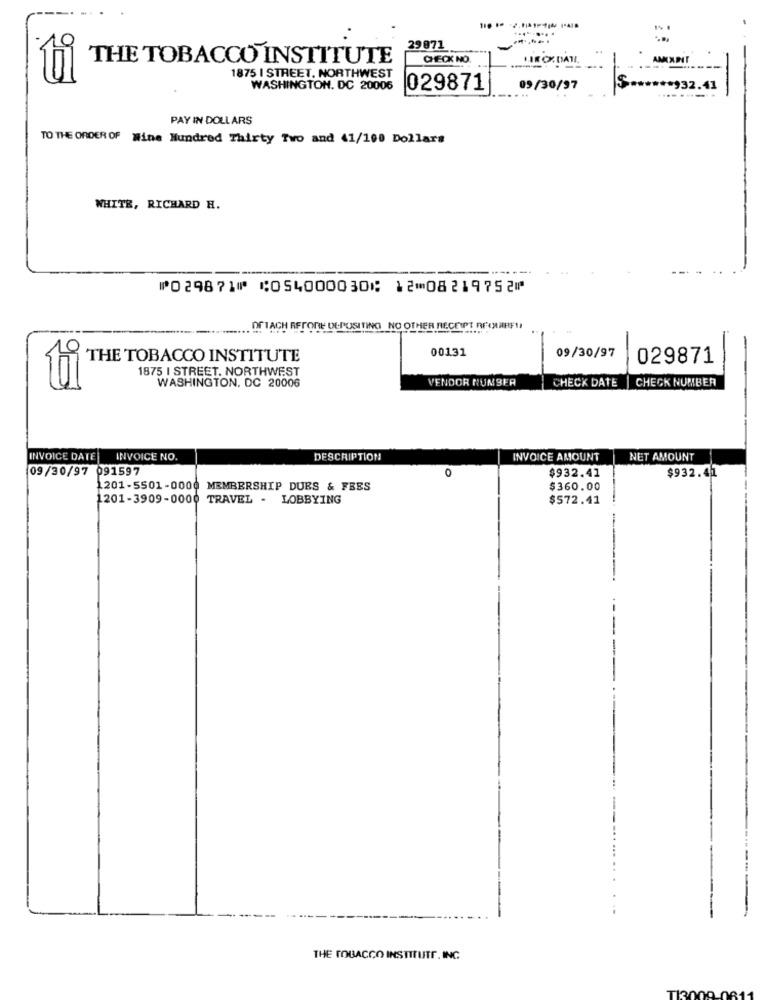
9
29971
THE TOBACCO INSTITUTE
CHECK NO.
AMIXIT
1875 I STREET. NORTHWEST
WASHINGTON, DC 20006
029871
09/30/97
*932.41
PAY IN DOLLARS
TO THE ORDER OF Wine Hundred Thirty Two and 41/100 Dollars
WHITE, RICHARD H.
⑈029871⑈ ⑆054000030⑆ 12⑉08219752⑈
.. Of TACH RFTORE DEPOSITING NO OTHER RECEIPT RECURRE !!
00131
THE TOBACCO INSTITUTE
09/30/97
029871
1875 I STREET. NORTHWEST
VENDOR NUMBER
CHECK DATE | CHECK NUMBER
WASHINGTON, DC 20006
INVOICE DATE
INVOICE NO.
DESCRIPTION
INVOICE AMOUNT
NET AMOUNT
09/30/97 091597
0
$932.41
$932.41
1201-5501-0000 MEMBERSHIP DUES & FBES
$360.00
1201-3909-0000 TRAVEL - LOBBYING
$$72.41
THE TOBACCO INSTITUTE. ING